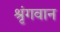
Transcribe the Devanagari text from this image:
श्रृंगवान